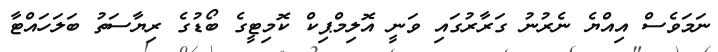
ނަމަވެސް އިއްޔެ ނެރުނު ގަރާރުގައި ވަނީ އޮލިމްޕިކް ކޮމިޓީގެ ބޯޑުގެ ރިޔާސަތު ބަލަހައްޓާ